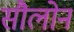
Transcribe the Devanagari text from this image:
सौलोन